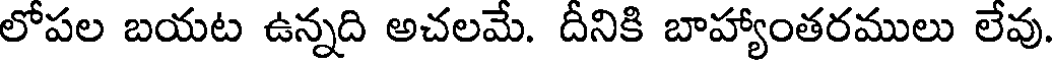
లోపల బయట ఉన్నది అచలమే. దీనికి బాహ్యాంతరములు లేవు.